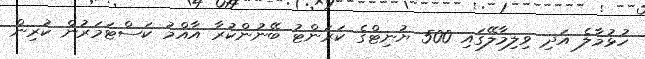
ހުޅުމާލެ އަދި ވިލިމާލޭގައި 500 ޔުނިޓްގެ ކަރަންޓު ބޭނުންކުރާ އާއްމު ކަސްޓަމަރުން ކުރިން